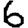
Digit: 6